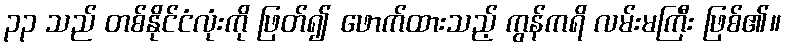
၃၃ သည် တစ်နိုင်ငံလုံးကို ဖြတ်၍ ဖောက်ထားသည့် ကွန်ကရိ လမ်းမကြီး ဖြစ်၏။